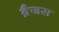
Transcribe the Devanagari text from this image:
ब्रैजस